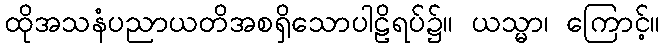
ထိုအသနံပညာယတိအစရှိသောပါဠိရပ်၌။ ယသ္မာ၊ ကြောင့်။